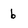
Character: 6